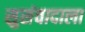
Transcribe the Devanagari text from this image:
सुसंवादाला